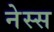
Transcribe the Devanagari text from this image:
नेस्स